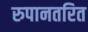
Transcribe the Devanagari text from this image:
रुपानतरित